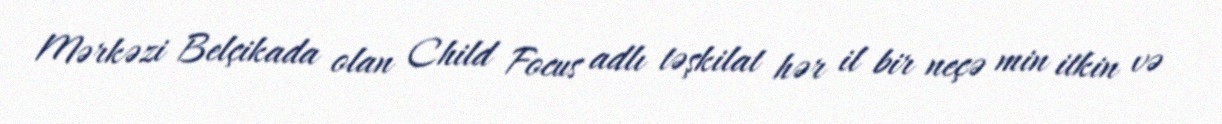
Mərkəzi Belçikada olan Child Focus adlı təşkilat hər il bir neçə min itkin və